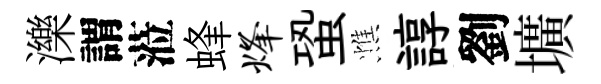
濼謂蒞蜂烽蛩憔諄劉壙